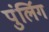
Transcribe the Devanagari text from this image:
पुंर्लिग